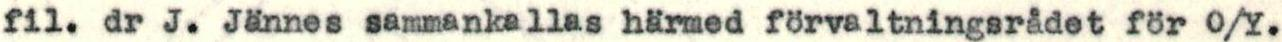
fil. dr J. Jännes sammankallas härmed förvaltningsrådet för O/Y.